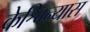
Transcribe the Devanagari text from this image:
केश्विन्यास